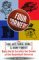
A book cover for Four Corners: How Unc, NC State, Duke, and Wake Forest Made North Carolina the Crossroads of the Basketball Universe; Joe Menzer; Sports & Outdoors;